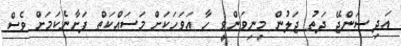
އަދި ސަންޖޭ ދަތު ޖަލުން މިނިވަންވީ ހާ އަވަހަކަށް މަސައްކަތް ފަށާނެކަމަށް ވެސް